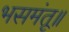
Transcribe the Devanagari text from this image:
भसमंतू॥